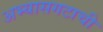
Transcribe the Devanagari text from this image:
अभ्यासगटाची